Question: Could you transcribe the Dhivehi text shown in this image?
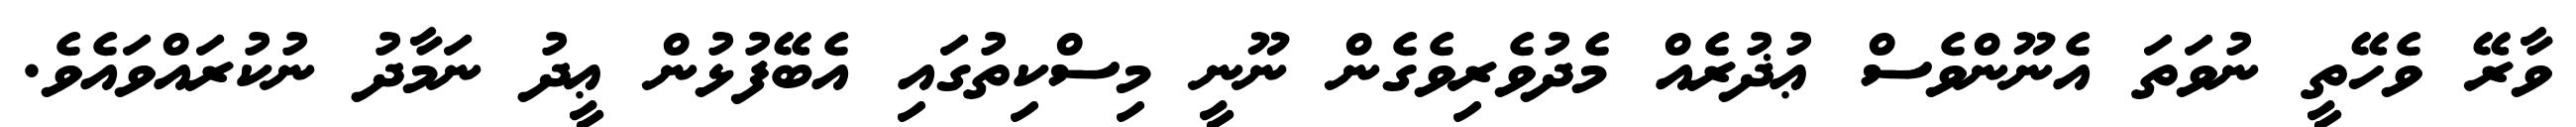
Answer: ވާރޭ ވެހޭތީ ނުވަތަ އެނޫންވެސް ޢުޛުރެއް މެދުވެރިވެގެން ނޫނީ މިސްކިތުގައި އެބޭފުޅުން ޢީދު ނަމާދު ނުކުރައްވައެވެ.